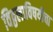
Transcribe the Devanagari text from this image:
विठ्ठलाविषयीचा